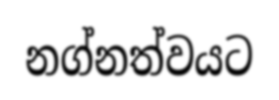
නග්නත්වයට